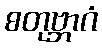
စတုဗ္ဘာဂံ